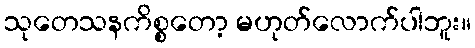
သုတေသနကိစ္စတော့ မဟုတ်လောက်ပါဘူး။